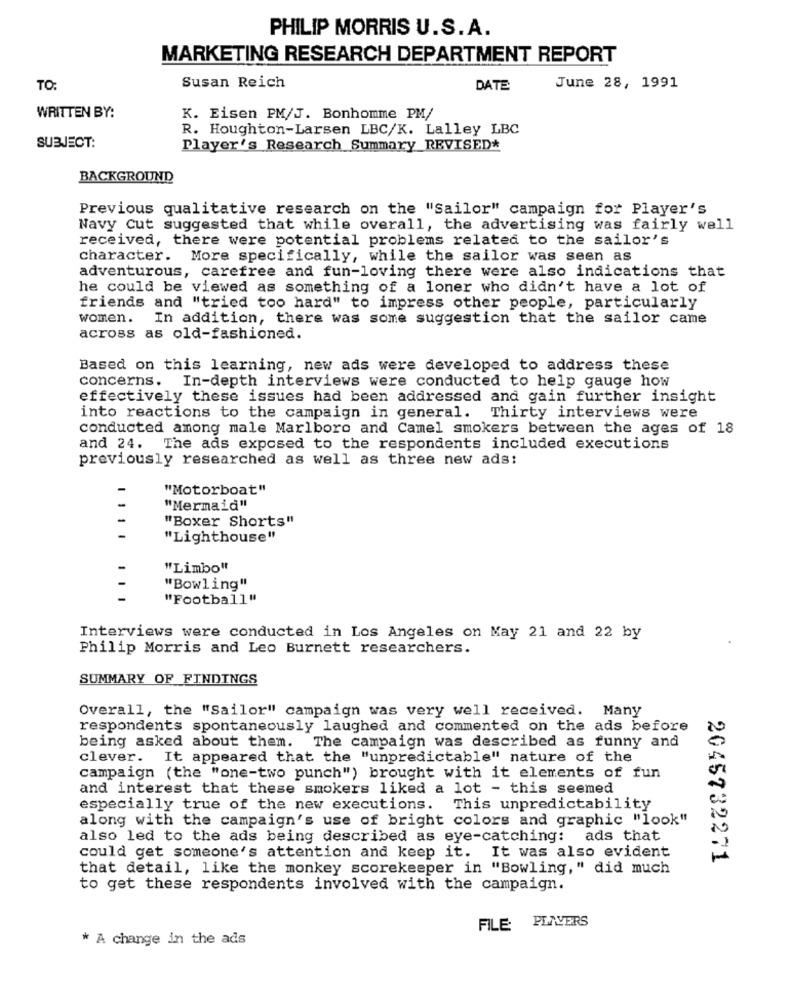
PHILIP MORRIS U.S.A.
MARKETING RESEARCH DEPARTMENT REPORT
Susan Reich
TO:
DATE
June 28, 1991
WRITTEN BY:
K. Eisen PM/J. Bonhomme PM/
R. Houghton-Larsen LBC/K. Lalley LBC
SUBJECT:
Player's Research_Summary_REVISED*
BACKGROUND
Previous qualitative research on the "Sailor" campaign for Player's
Navy Cut suggested that while overall, the advertising was fairly well
received, there were potential problems related to the sailor's
character. More specifically, while the sailor was seen as
adventurous, carefree and fun-loving there were also indications that
he could be viewed as something of a loner who didn't have a lot of
friends and "tried too hard" to impress other people, particularly
women. In addition, there was some suggestion that the sailor came
across as old-fashioned.
Based on this learning, new ads were developed to address these
concerns. In-depth interviews were conducted to help gauge how
effectively these issues had been addressed and gain further insight
into reactions to the campaign in general. Thirty interviews were
conducted among male Marlboro and Camel smokers between the ages of 18
and 24. The ads exposed to the respondents included executions
previously researched as well as three new ads:
"Motorboat"
"Mermaid"
-
"Boxer Shorts"
-
"Lighthouse"
-
"Limbo"
"Bowling"
-
"Football"
Interviews were conducted in Los Angeles on May 21 and 22 by
Philip Morris and Leo Burnett researchers.
SUMMARY OF FINDINGS
Overall, the "Sailor" campaign was very well received. Many
respondents spontaneously laughed and commented on the ads before
being asked about them. The campaign was described as funny and
clever. It appeared that the "unpredictable" nature of the
campaign (the "one-two punch") brought with it elements of fun
and interest that these smokers liked a lot - this seemed
especially true of the new executions. This unpredictability
along with the campaign's use of bright colors and graphic "look"
also led to the ads being described as eye-catching: ads that
could get someone's attention and keep it. It was also evident
2045732271
that detail, like the monkey scorekeeper in "Bowling," did much
to get these respondents involved with the campaign.
FILE PLAYERS
* A change in the ads